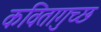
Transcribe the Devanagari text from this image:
कवितागुच्छ